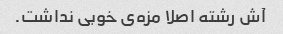
آش رشته اصلا مزه‌ی خوبی نداشت.